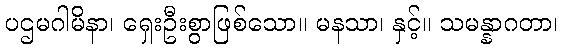
ပဌမဂါမိနာ၊ ရှေးဦးစွာဖြစ်သော။ မနသာ၊ နှင့်။ သမန္နာဂတာ၊